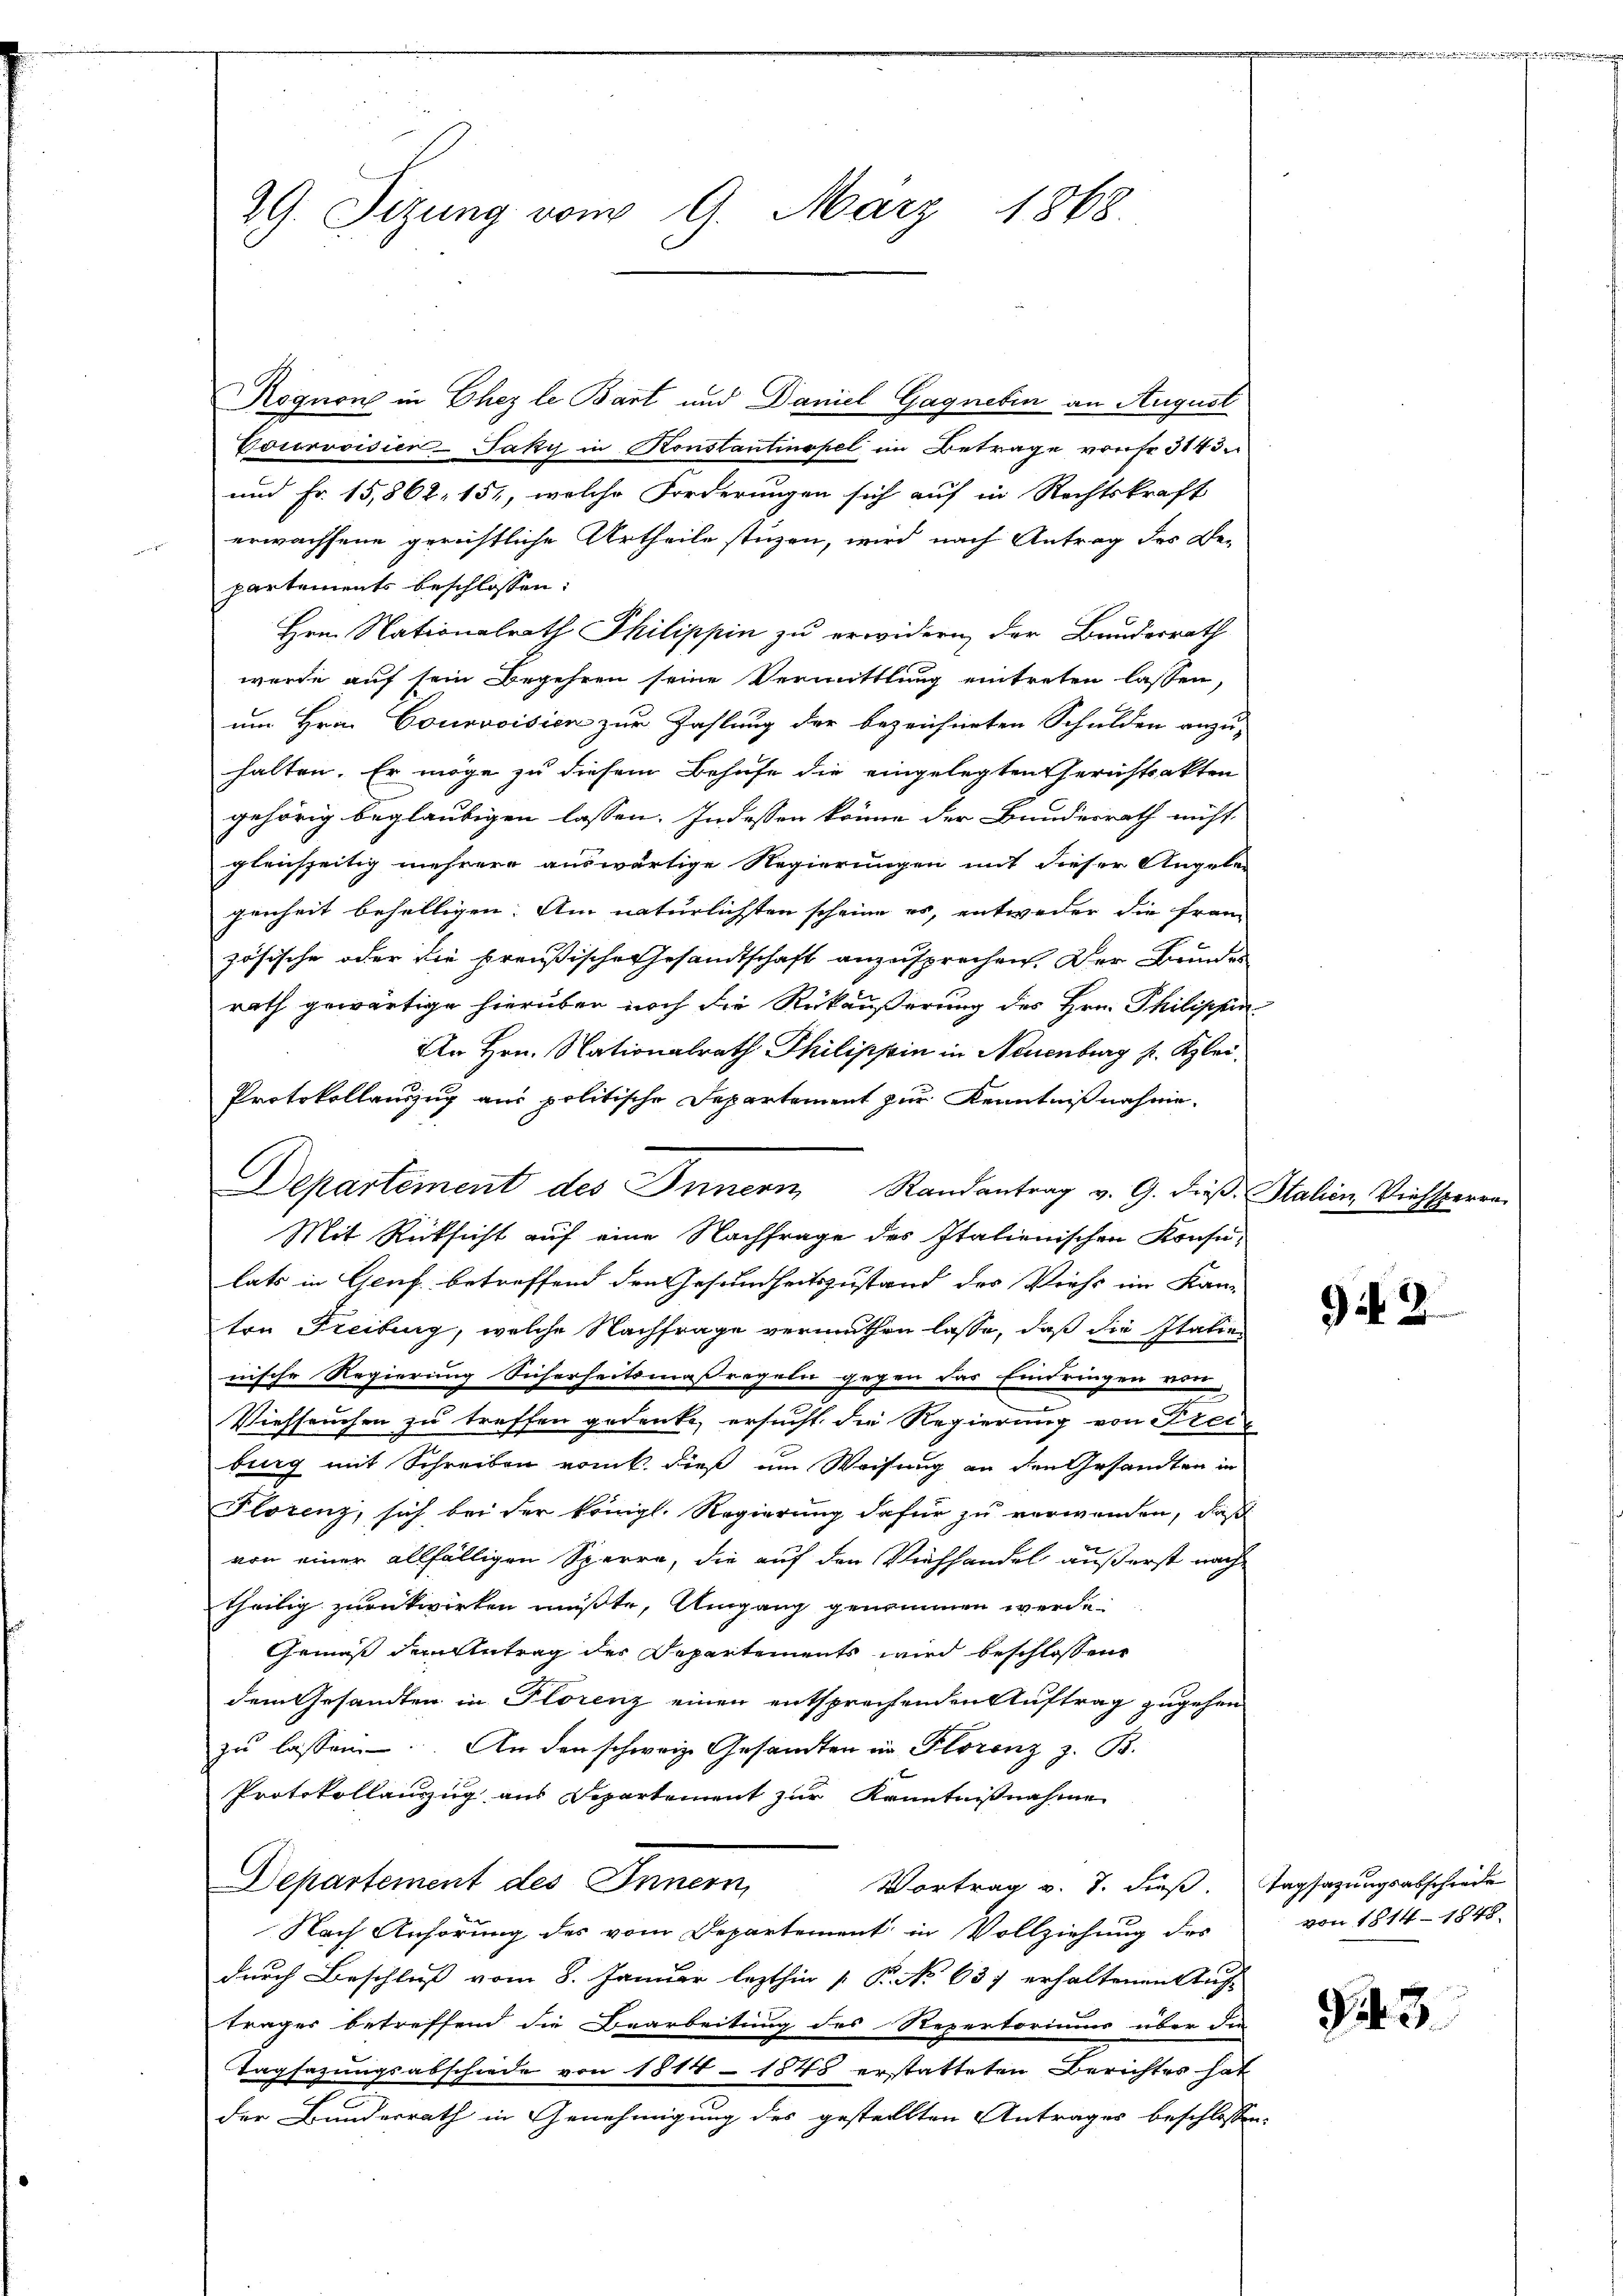
29. Sizung vom 9. März 1868

Rognon in Ehez le Bart und Daniel Gagnebin an August
Courovisien-Jaky in Konstantinopel im Betrage von fr. 3143
und Fr. 15,864, 151, welche Forderungen sich auf in Rechtskraft
erwachsene gerichtliche Urtheile stüzen, wird nach Antrag des Be-
partements beschlossen:
Hrn. Nationalrath Philippin zu erwidern, der Bundesrath
werde auf sein Begehren seine Vermittlung eintreten lassen,
um Hrn. Courvoisien zur Zahlung der bezeichneten Schulden anzu-
halten. Er möge zu diesem Behufe die eingelegten Gerichtsakten
gehörig beglaubigen lassen. Indessen könne der Bundesrath nicht
gleichseitig mehrere auswärtige Regierungen mit dieser Angeben
genheit behelligen. Am natürlichsten scheine es, entweder die Franz
zösische oder die preußische Gesandtschaft anzusprechen. Der Bundes
rath gewärtige hierüber noch die Rückäußerung des Hrn. Philischen
An Hrn. Nationalrath Philippin in Neuenburg s. Klei¬
Protokollauszug aus politische Departement zur Kenntnißnahme.
Departement des Innern Randantrag v. G. dieβ. Italien Viehsperre
Mit Rücksicht auf eine Nachfrage des Italienischen Konsulats in Genf betreffend den Gesundheitszustand des Viehs im Kanten Freibung, welche Nachfrage vermuthen lasse, daß die Italien
nische Regierung Sicherheitsmaßregeln gegen das Eindringen von
Viehseuchen zu treffen gedenke, ersucht die Regierung von Frei-
burg mit Schreiben rank dieß um Weisung an den Gesandten in
Florenz, sich bei der königl. Regierung dafür zu verwenden, daß
von einer allfälligen Sperre, die auf den Viehhandel äußerst nach
theilig zurückwirken müßte, Umgang genommen werde.
Gemäß dem Antrag der Departements wird beschlossene
dem Gesandten in Florenz einen entsprechenden Auftrag zugehen
zŭ lassen. An den schweiz. Gesandten in Florenz z. B.
Protokollanzzug aus Separtement zur Kenntnißnahme
Departement des Innern,
Vortrag v. J. dieß. Tagsazungsabschweile
Nach Anhörung des vom Departement in Vollziehung des
durch Beschluß vom 8. Januar lezthin  P. No 637 erhaltenen Auf-
trages betreffend die Bearbeitung des Repertoriums über die
Tagsazungsabschiede von 1814 - 1848 erstatteten Berichtes hat
der Bunderrath in Genehmigung des gestellten Antrages beschlossen:

94. 2

von 1814 - 1848

92. 3